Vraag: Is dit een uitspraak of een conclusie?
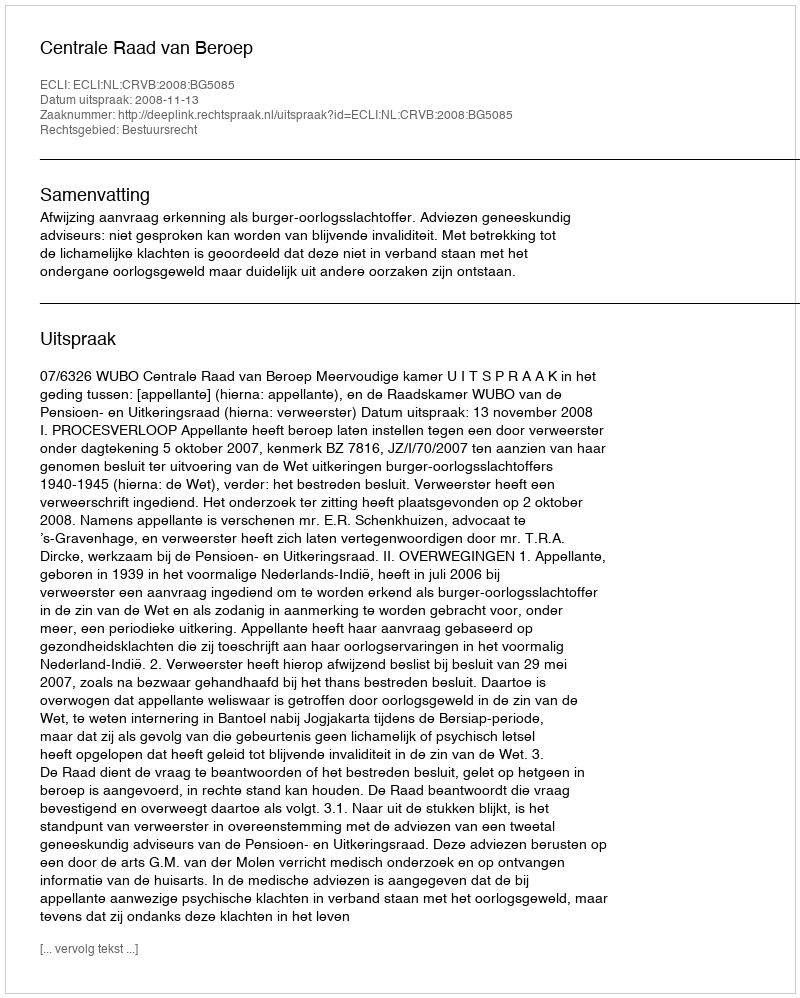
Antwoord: Uitspraak